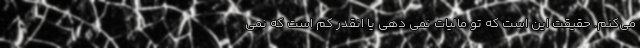
می‌کنم. حقیقت این است که تو مالیات نمی دهی یا انقدر کم است که نمی